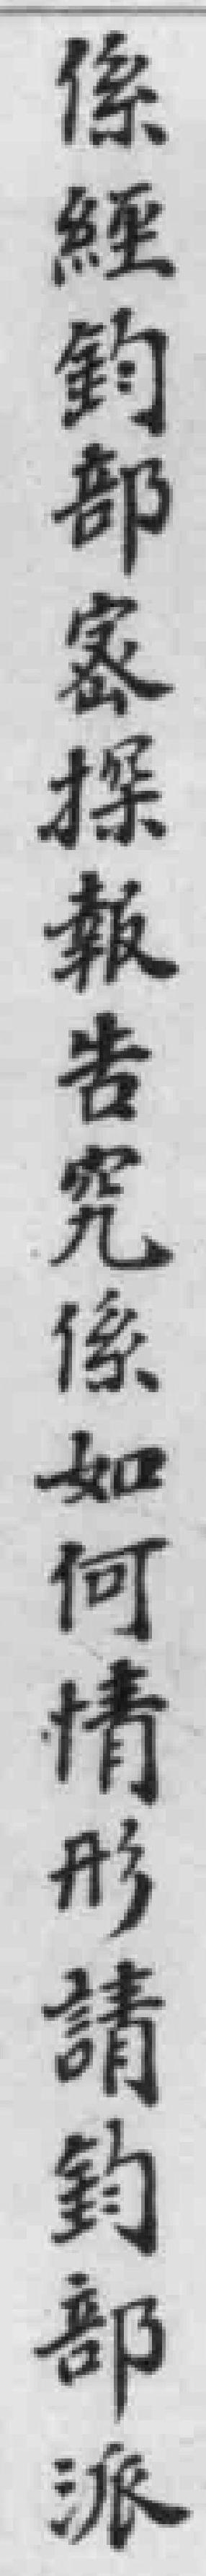
係經鈞部密探報告究係如何情形請鈞部派